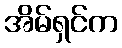
အိမ်ရှင်က